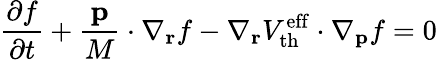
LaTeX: \frac{\partial f}{\partial t}+\frac{\mathbf{p}}{M}\cdot\nabla_{\mathbf{r}}f-\nabla_{\mathbf{r}}V_{\mathrm{th}}^{\mathrm{eff}}\cdot\nabla_{\mathbf{p}}f=0